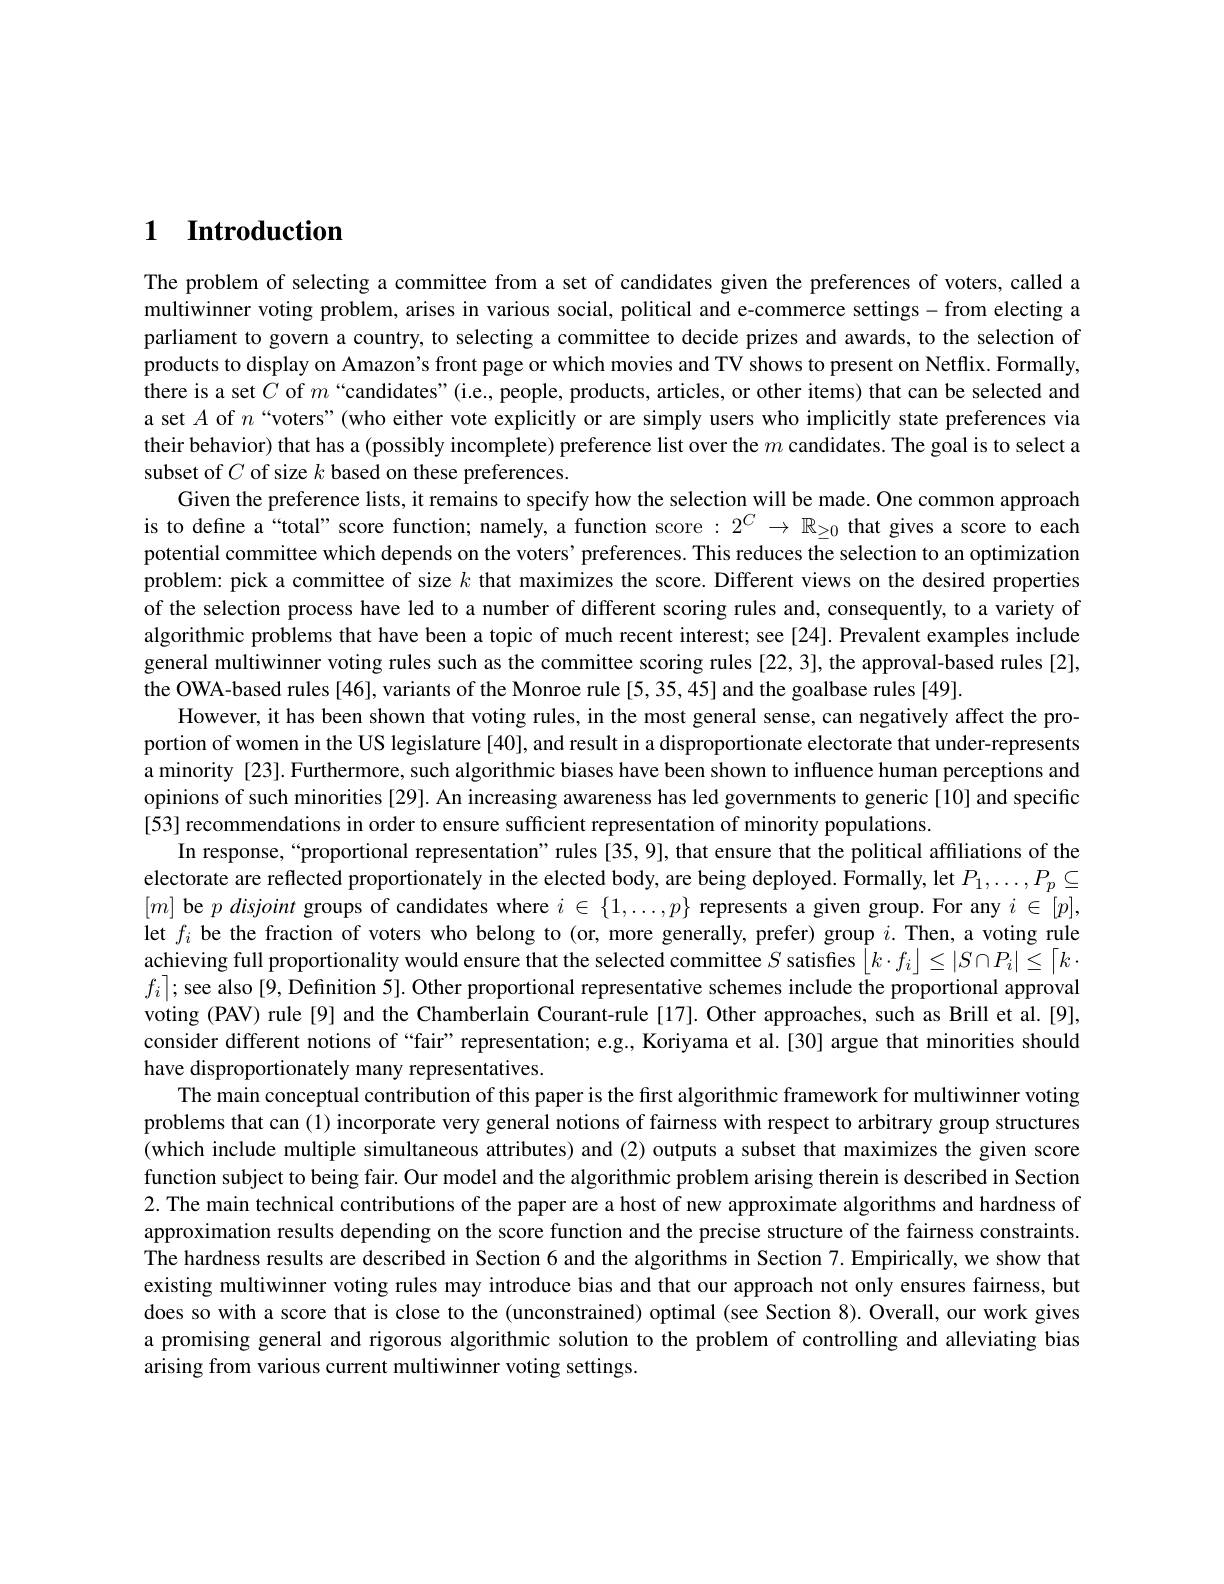
# $\textbf{1}$ $\textbf{Introduction}$

The problem of selecting a committee from a set of candidates given the preferences of voters, called a multiwinner voting problem, arises in various social, political and e-commerce settings - from electing a parliament to govern a country, to selecting a committee to decide prizes and awards, to the selection of products to display on Amazon's front page or which movies and TV shows to present on Netflix. Formally, there is a set $C$ of $m$ “candidates"(i.e., people, products, articles, or other items) that can be selected and a set $A$ of $n$ “voters"(who either vote explicitly or are simply users who implicitly state preferences via their behavior) that has a (possibly incomplete) preference list over the $m$ candidates. The goal is to select a subset of $C$ of size $k$ based on these preferences
Given the preference lists, it remains to specify how the selection will be made. One common approach is to define a“total” score function; namely, a function score $:2^C\to\mathbb{R}_{\geq0}$ that gives a score to each potential committee which depends on the voters' preferences. This reduces the selection to an optimization problem: pick a committee of size $k$ that maximizes the score. Different views on the desired properties of the selection process have led to a number of different scoring rules and, consequently, to a variety of algorithmic problems that have been a topic of much recent interest; see [24]. Prevalent examples include general multiwinner voting rules such as the committee scoring rules [22,3], the approval-based rules [2], the OWA-based rules [46], variants of the Monroe rule [5, 35, 45] and the goalbase rules [49].
However, it has been shown that voting rules, in the most general sense, can negatively affect the proportion of women in the US legislature [40], and result in a disproportionate electorate that under-represents a minority [23]. Furthermore, such algorithmic biases have been shown to influence human perceptions and opinions of such minorities [29]. An increasing awareness has led governments to generic [10] and specific [53] recommendations in order to ensure sufficient representation of minority populations.
In response,“proportional representation”rules [35,9], that ensure that the political affiliations of the electorate are reflected proportionately in the elected body, are being deployed. Formally, let $P_1,\ldots,P_p\subseteq$ $[m]$ be $p\textit{disjoint groups of candidates where }i\in \{ 1, \ldots , p\}$ represents a given group. For any $i\in[p]$, let $f_i$ be the fraction of voters who belong to (or, more generally, prefer) group $i.$ Then, a voting rule achieving full proportionality would ensure that the selected committee $S$ satisfes $\left\lfloor k\cdot f_i\right\rfloor\leq\left|S\cap P_i\right|\leq\left\lceil k\cdot\right\rceil$ $f_i\rceil;$ see also [9, Definition 5]. Other proportional representative schemes include the proportional approval voting (PAV) rule [9] and the Chamberlain Courant-rule [17]. Other approaches, such as Brill et al. [9], consider different notions of “fair” representation; e.g., Koriyama et al.[30] argue that minorities should have disproportionately many representatives.
The main conceptual contribution of this paper is the first algorithmic framework for multiwinner voting problems that can (1) incorporate very general notions of fairness with respect to arbitrary group structures (which include multiple simultaneous attributes) and (2) outputs a subset that maximizes the given score function subject to being fair. Our model and the algorithmic problem arising therein is described in Section 2. The main technical contributions of the paper are a host of new approximate algorithms and hardness of approximation results depending on the score function and the precise structure of the fairness constraints. The hardness results are described in Section 6 and the algorithms in Section 7. Empirically, we show that existing multiwinner voting rules may introduce bias and that our approach not only ensures fairness, but does so with a score that is close to the (unconstrained) optimal (see Section 8). Overall, our work gives a promising general and rigorous algorithmic solution to the problem of controlling and alleviating bias arising from various current multiwinner voting settings